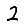
Digit: 2